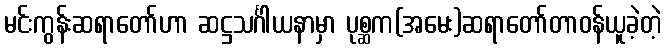
မင်းကွန်းဆရာတော်ဟာ ဆဋ္ဌသင်္ဂါယနာမှာ ပုစ္ဆက(အမေး)ဆရာတော်တာဝန်ယူခဲ့တဲ့